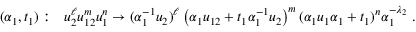
( \alpha _ { 1 } , t _ { 1 } ) : \ \ u _ { 2 } ^ { \ell } u _ { 1 2 } ^ { m } u _ { 1 } ^ { n } \to ( \alpha _ { 1 } ^ { - 1 } u _ { 2 } ) ^ { \ell } \left( \alpha _ { 1 } u _ { 1 2 } + t _ { 1 } \alpha _ { 1 } ^ { - 1 } u _ { 2 } \right) ^ { m } ( \alpha _ { 1 } u _ { 1 } \alpha _ { 1 } + t _ { 1 } ) ^ { n } \alpha _ { 1 } ^ { - \lambda _ { 2 } } \; .